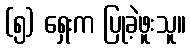
(၅) ရှေးက ပြုခဲ့ဖူးသူ။